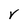
Character: V